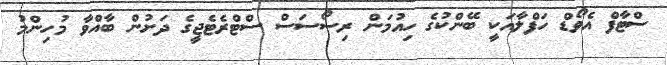
ސްޓާފް އެވޯޑް ހަފްލާއަކީ ބޭންކުގެ ހިއުމަން ރިސޯސަސް ސްޓްރެޓެޖީގެ ދަށުން ބާއްވާ މުހިންމު